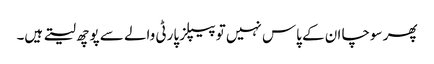
پھر سوچا ان کے پاس نہیں تو پیپلز پارٹی والے سے پوچھ لیتے ہیں۔